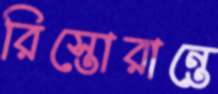
রিস্তোরান্তে